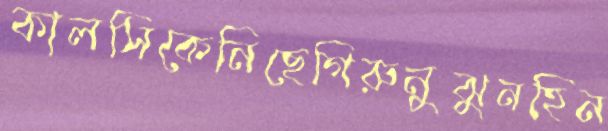
কালসিকেনিছেগিরুনুঝুনহিন